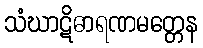
သံဃာဋိဓာရဏမတ္တေန